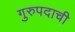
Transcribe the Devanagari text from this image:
गुरुपदाची